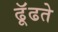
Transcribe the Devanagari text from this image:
ढूॅढते